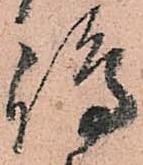
嶋